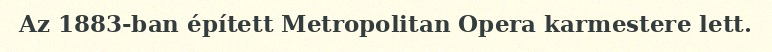
Az 1883-ban épített Metropolitan Opera karmestere lett.